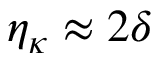
\eta _ { \kappa } \approx 2 \delta